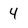
Character: 4